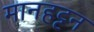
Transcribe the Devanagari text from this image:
मानहट्टन